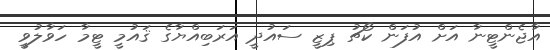
އާޖެންޓީނާ އަށް އުފަން ކޯޗު ޕިޒީ ސައުދީ އަރަބިއްޔާގެ ޤައުމީ ޓީމާ ހަވާލުވީ